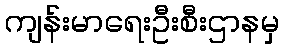
ကျန်းမာရေးဦးစီးဌာနမှ